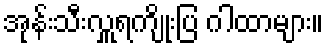
အုန်းသီးလှူရကျိုးပြ ဂါထာများ။